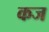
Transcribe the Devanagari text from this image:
कज